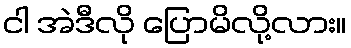
ငါ အဲဒီလို ပြောမိလို့လား။